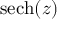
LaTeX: \operatorname { s e c h } ( z )